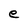
Character: e